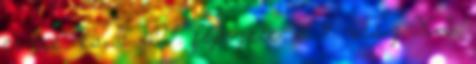
címe, és a IV. fejezete, c 4. rész XI.